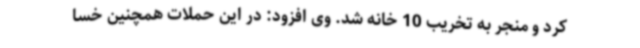
کرد و منجر به تخریب 10 خانه شد. وی افزود: در این حملات همچنین خسا